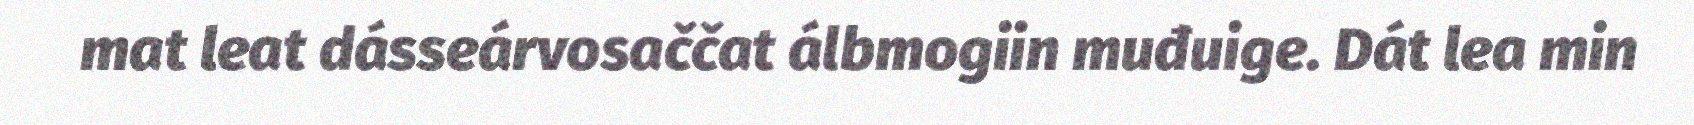
mat leat dásseárvosaččat álbmogiin muđuige. Dát lea min